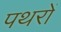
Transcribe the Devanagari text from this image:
पथरों